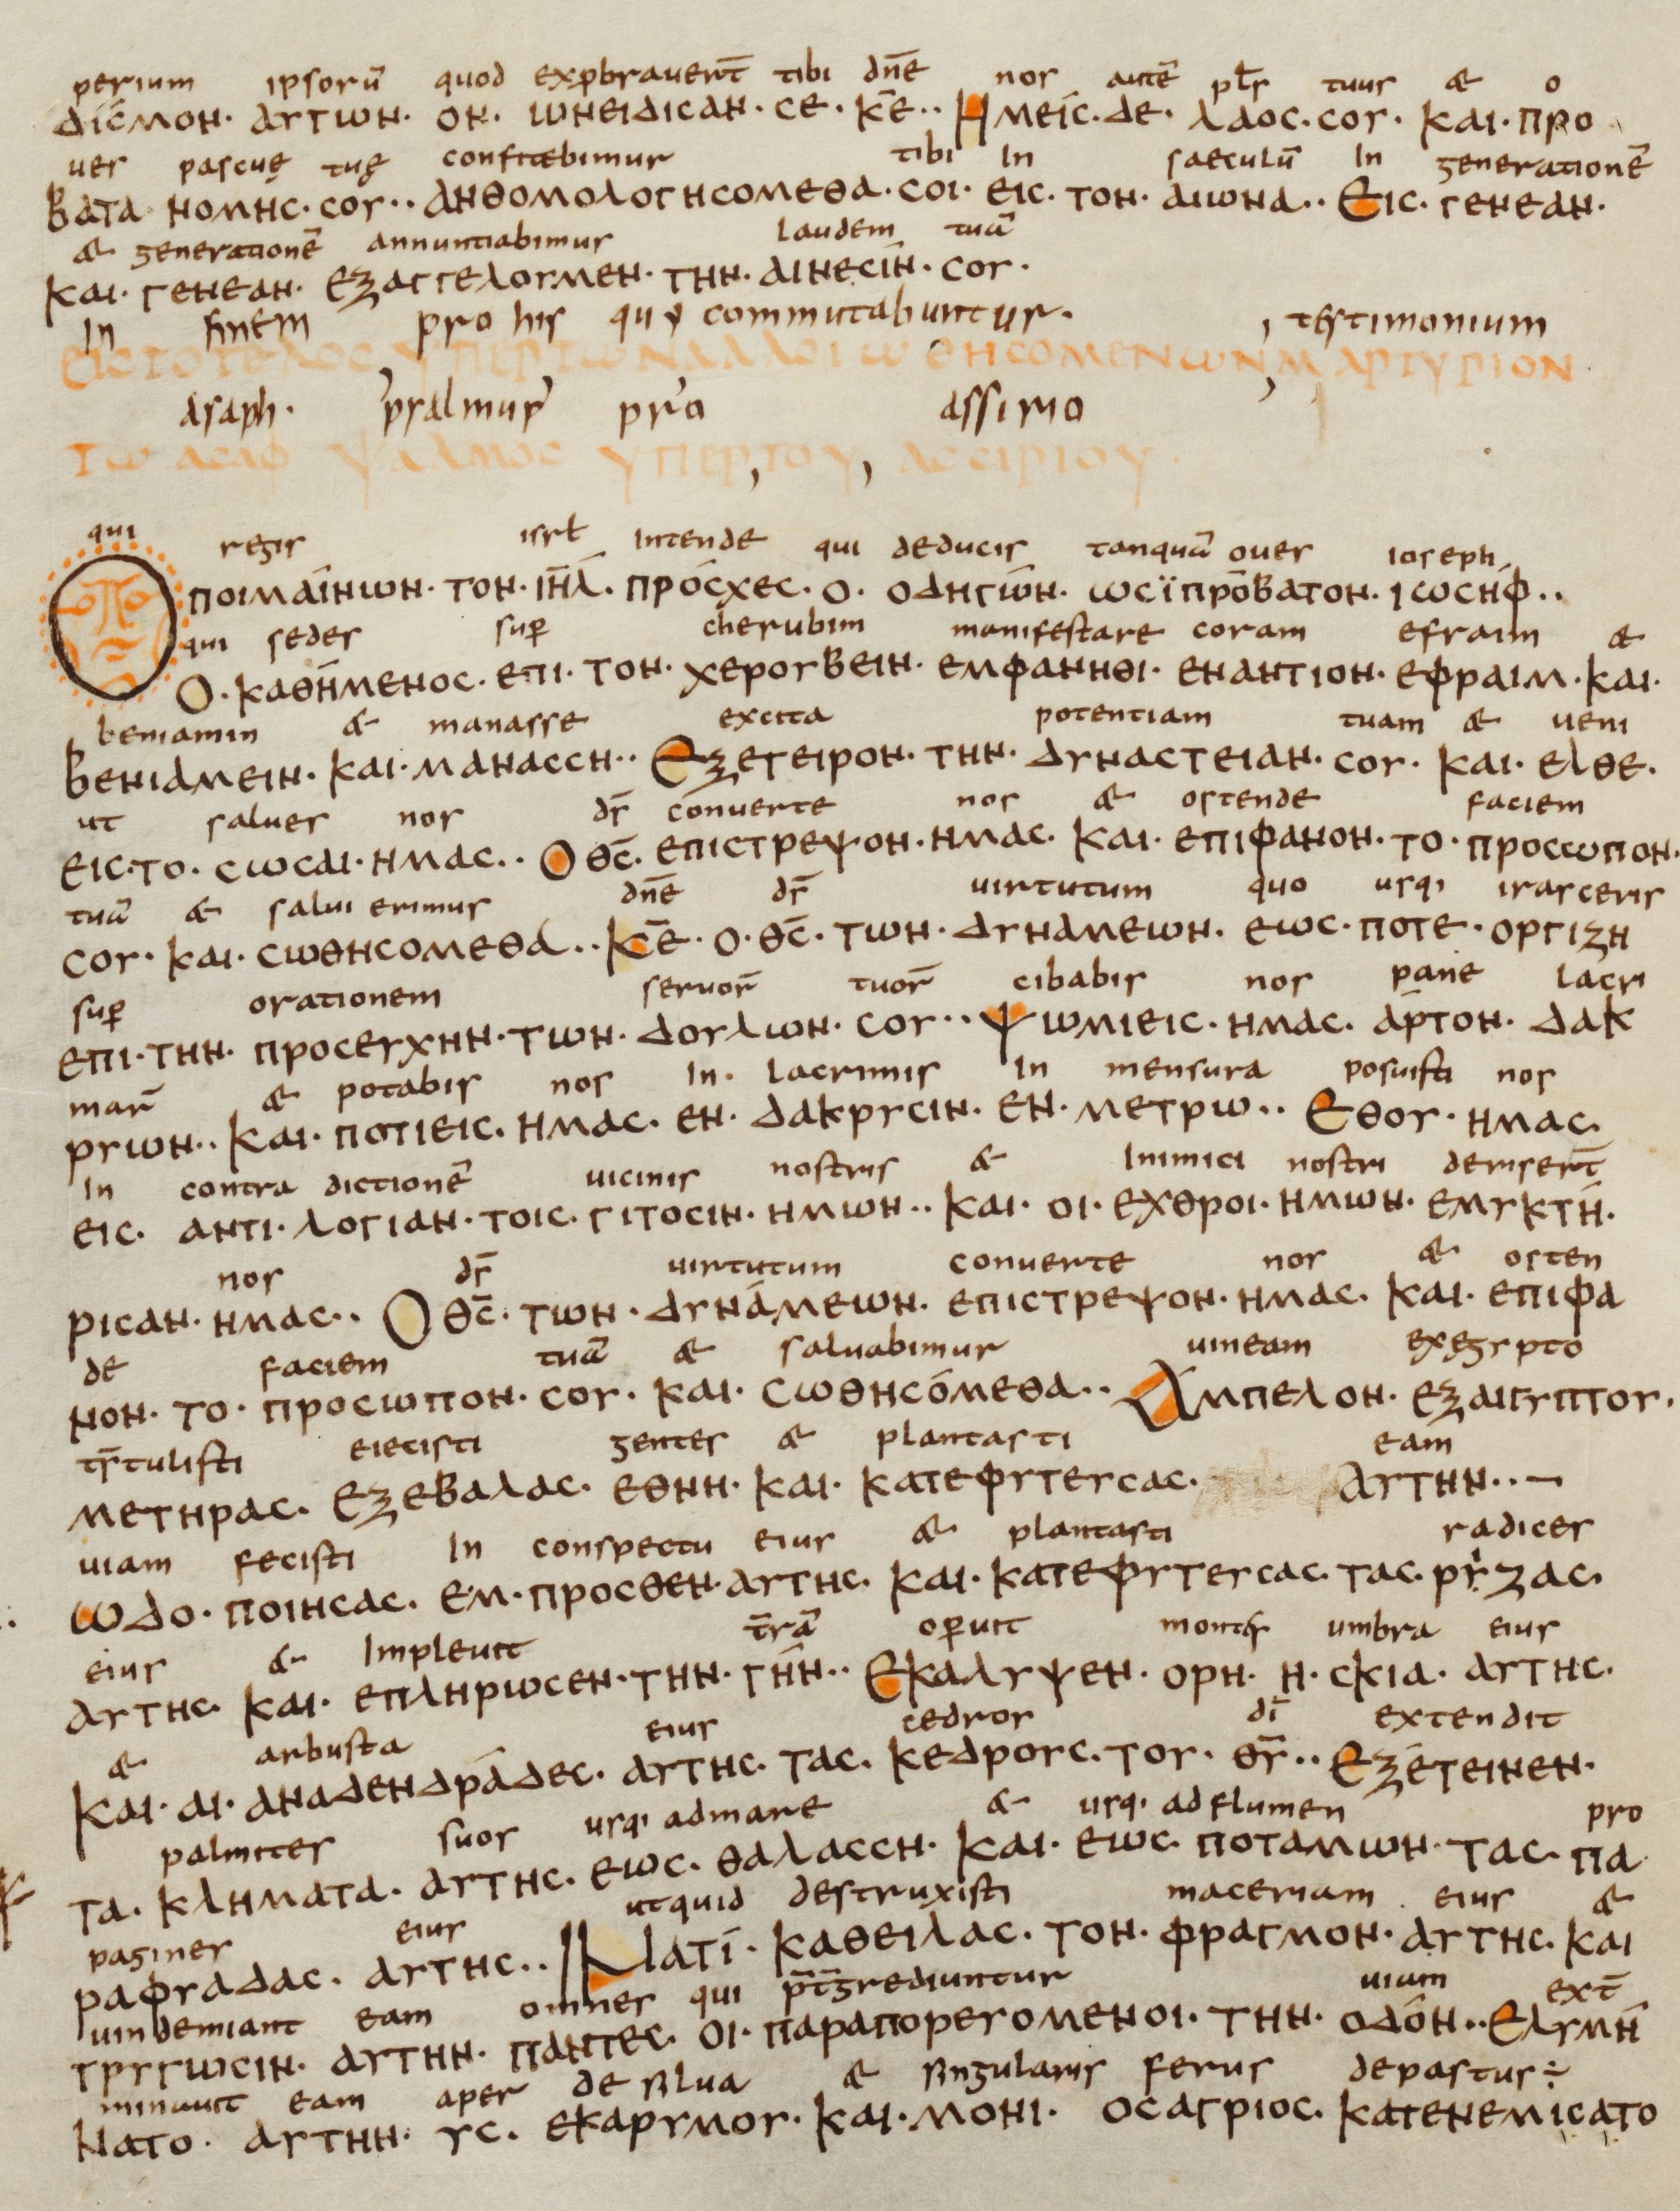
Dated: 833–899